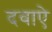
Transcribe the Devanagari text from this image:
दवाऐ